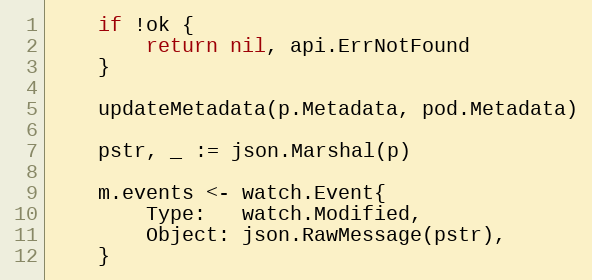
Language: Go
	if !ok {
		return nil, api.ErrNotFound
	}

	updateMetadata(p.Metadata, pod.Metadata)

	pstr, _ := json.Marshal(p)

	m.events <- watch.Event{
		Type:   watch.Modified,
		Object: json.RawMessage(pstr),
	}